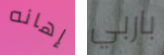
إهانه باربي